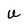
Character: U